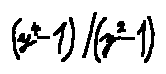
( y ^ { 4 } - 1 ) / ( y ^ { 2 } - 1 )